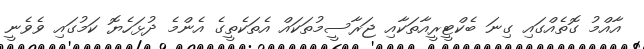
އާއްމު ގޮތެއްގައި ގިނަ ބެކްޓީރީއާތަކާއި ޖަރާސީމުތަކައް އެތަކެތީގެ އެންމެ ދުޅަހެޔޮ ކަމުގައި ވެވެނީ